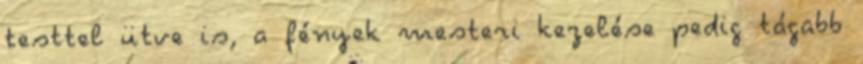
testtel ütve is, a fények mesteri kezelése pedig tágabb